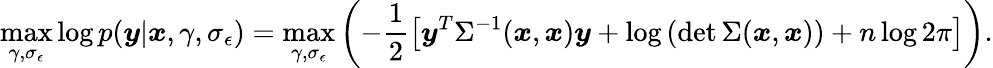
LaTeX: \operatorname*{max}_{\gamma,\sigma_{\epsilon}}\log p(\boldsymbol{y}|\boldsymbol{x},\gamma,\sigma_{\epsilon})=\operatorname*{max}_{\gamma,\sigma_{\epsilon}}\left(-\frac{1}{2}\left[\boldsymbol{y}^{T}\Sigma^{-1}(\boldsymbol{x},\boldsymbol{x})\boldsymbol{y}+\log\left(\operatorname*{det}\Sigma(\boldsymbol{x},\boldsymbol{x})\right)+n\log 2\pi\right]\right).